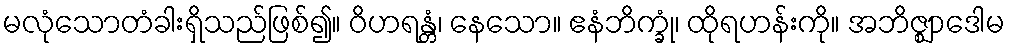
မလုံသောတံခါးရှိသည်ဖြစ်၍။ ဝိဟရန္တံ၊ နေသော။ ဧနံဘိက္ခုံ၊ ထိုရဟန်းကို။ အဘိဇ္ဈာဒေါမ